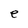
Character: e